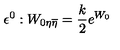
\epsilon ^ { 0 } : W _ { 0 \eta \overline { { \eta } } } = { \frac { k } { 2 } } e ^ { W _ { 0 } }